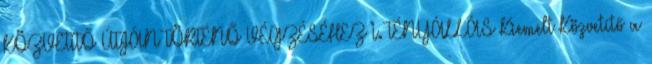
KÖZVETÍTŐ ÚTJÁN TÖRTÉNŐ VÉGZÉSÉHEZ I. TÉNYÁLLÁS Kiemelt Közvetítő a